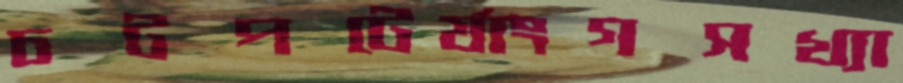
চটপটের‍্যাংগসখ্যা